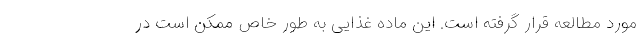
مورد مطالعه قرار گرفته است. این ماده غذایی به طور خاص ممکن است در